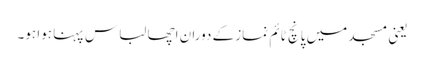
یعنی مسجد میں پانچ ٹائم نماز کے دوران اچھا لباس پہنا ہوا ہو۔